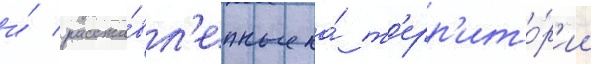
и́ расста́вл'енные на́ т'ерр'ито́р'ии